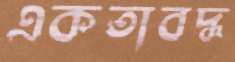
একতাবদ্ধ